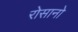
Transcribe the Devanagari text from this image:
रोसानो